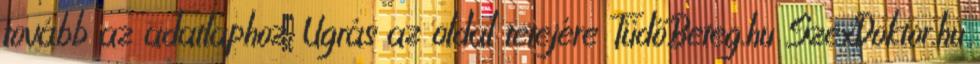
tovább az adatlaphoz. Ugrás az oldal tetejére TüdőBeteg.hu SzexDoktor.hu